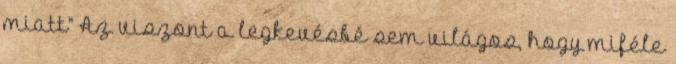
miatt” Az viszont a legkevésbé sem világos, hogy miféle